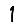
Digit: 1